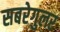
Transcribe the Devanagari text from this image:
सबरेगुलर